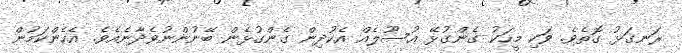
ރަނގަޅު ގޮތެވެ. ވަކި މީހަކު ގެންގުޅޭ އުސޫލެއް އެކުދިން ގެންގުޅެން ބޭނުންނުވެދާނެއެވެ. އެހެންކަމުން